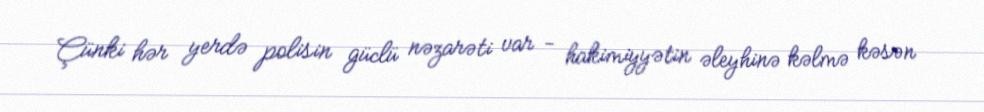
Çünki hər yerdə polisin güclü nəzarəti var - hakimiyyətin əleyhinə kəlmə kəsən